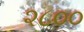
૨૮૦૦